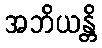
အဘိယန္တိ